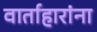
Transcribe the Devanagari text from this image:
वार्ताहारांना